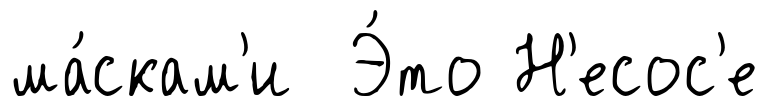
ма́скам'и Э́то Н'есос'е